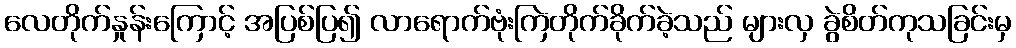
လေတိုက်နှုန်းကြောင့် အပြစ်ပြ၍ လာရောက်ဗုံးကြဲတိုက်ခိုက်ခဲ့သည် များလှ ခွဲစိတ်ကုသခြင်းမှ